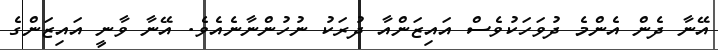
އޭނާ ދެން އެންމެ ދުވަހަކުވެސް އައިޒަންއާ ދުރަކު ނުހުންނާނެއެވެ. އޭނާ ވާނީ އައިޒަންގެ